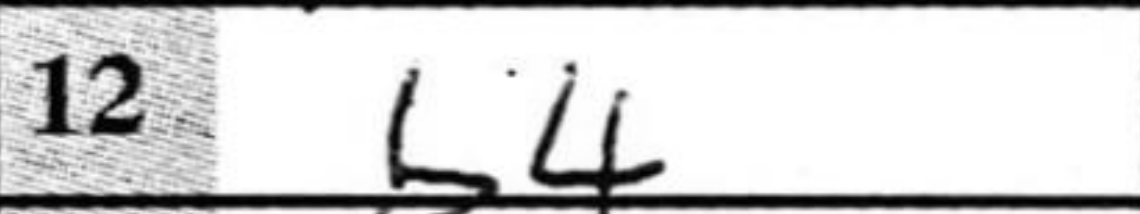
Transcription: b4